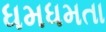
ધમધમતા